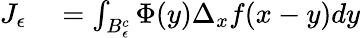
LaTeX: \begin{array}{rl}{J_{\epsilon}}&{{}=\int_{B_{\epsilon}^{c}}\Phi(y)\Delta_{x}f(x-y)dy}\end{array}